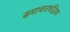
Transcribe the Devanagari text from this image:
समाचारचंद्रिका